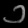
Digit: ၁